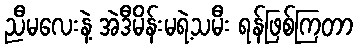
ညီမလေးနဲ့ အဲဒီမိန်းမရဲ့သမီး ရန်ဖြစ်ကြတာ